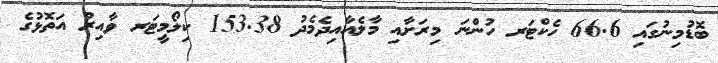
ބޮޑުމިނުގައި 66.6 ހެކްޓަރ ހުންނަ މިރަށާއި މާލެއާއިދެމެދު 153.38 ކިލޯމީޓަރ ވާއިރު އަތޮޅުގެ